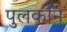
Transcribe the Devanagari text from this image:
पुलकनि